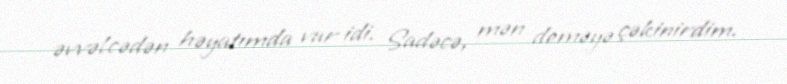
əvvəlcədən həyatımda var idi. Sadəcə, mən deməyə çəkinirdim.